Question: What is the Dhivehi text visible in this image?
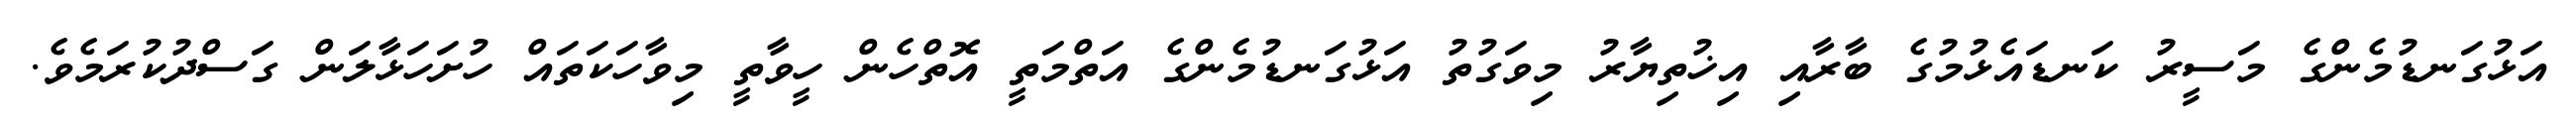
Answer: އަޅުގަނޑުމެންގެ މަސީރު ކަނޑައެޅުމުގެ ބާރާއި އިޚުތިޔާރު މިވަގުތު އަޅުގަނޑުމެންގެ އަތްމަތީ އޮތްހެން ހީވާތީ މިވާހަކަތައް ހުށަހަޅާލަން ގަސްދުކުރަމެވެ.